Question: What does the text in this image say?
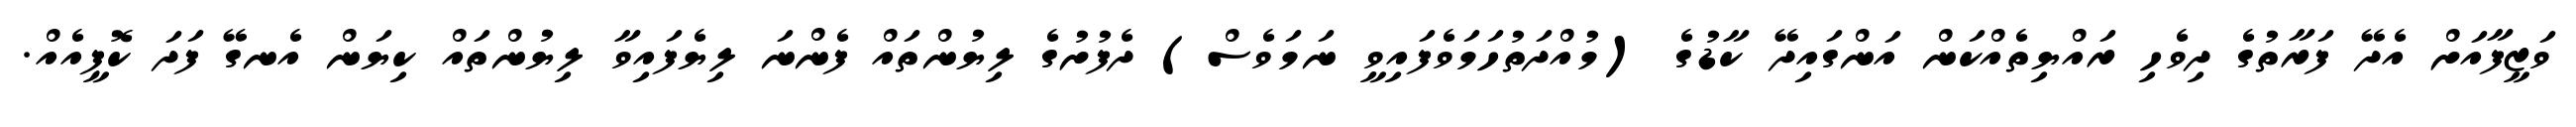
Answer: ވަޒީފާއަށް އެދޭ ފަރާތުގެ ދިވެހި ރައްޔިތެއްކަން އަންގައިދޭ ކާޑުގެ (މުއްދަތުހަމަވެފައިވީ ނަމަވެސް) ދެފުށުގެ ލިޔުންތައް ފެންނަ ލިޔެފައިވާ ލިޔުންތައް ކިޔަން އެނގޭ ފަދަ ކޮޕީއެއް.